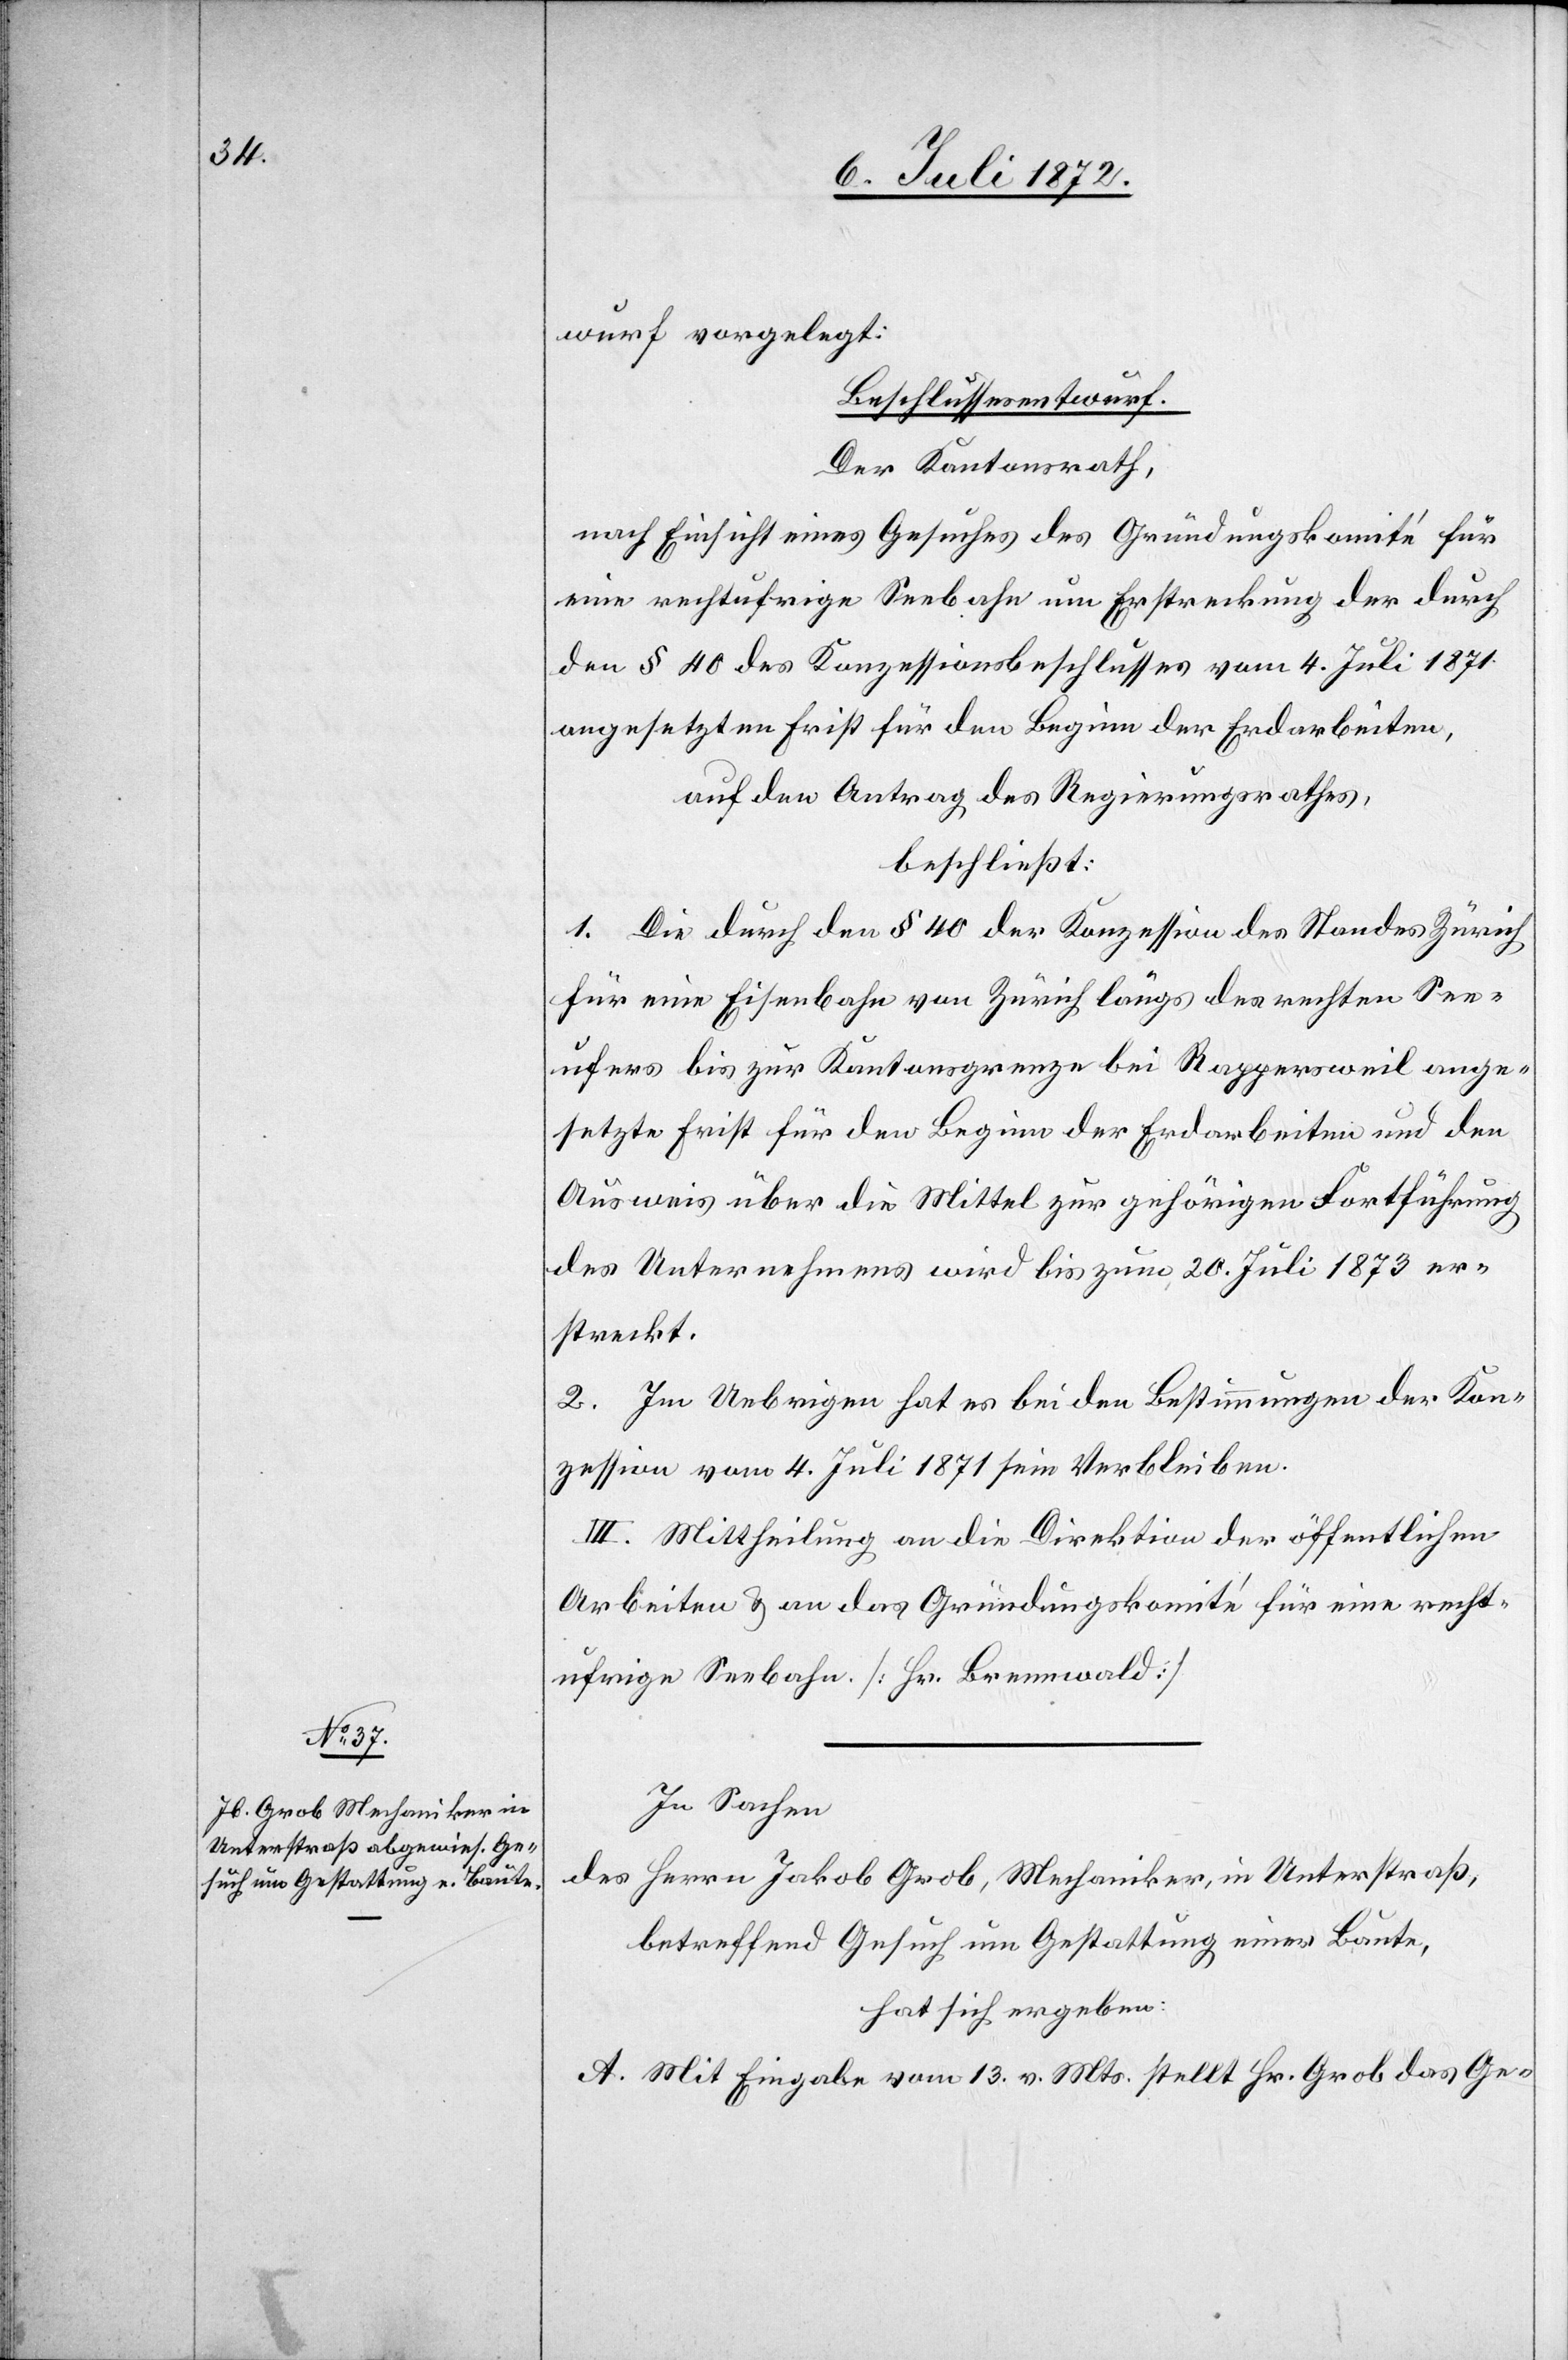
wurf vorgelegt:
Beschlussesentwurf.
Der Kantonsrath,
nach Einsicht eines Gesuches des Gründungskomité für
eine rechtufrige Seebahn um Erstreckung der durch
den § 40 des Konzessionsbeschlusses vom 4. Juli 1871
angesetzten Frist für den Beginn der Erdarbeiten,
auf den Antrag des Regierungsrathes,
beschließt:
1. Die durch den § 40 der Konzession des Standes Zürich
für eine Eisenbahn von Zürich längs des rechten See¬
ufers bis zur Kantonsgrenze bei Rappersweil ange¬
setzte Frist für den Beginn der Erdarbeiten und den
Ausweis über die Mittel zur gehörigen Fortführung
des Unternehmens wird bis zum 20. Juli 1873 er¬
streckt.
2. Im Uebrigen hat es bei den Bestimmungen der Kon¬
zession vom 4. Juli 1871 sein Verbleiben.
Mittheilung an die Direktion der öffentlichen
Arbeiten u. an das Gründungskomité für eine recht¬
ufrige Seebahn. [Hr. Brennwald]
In Sachen
des Herrn Jakob Grob, Mechaniker, in Unterstraß,
betreffend Gesuch um Gestattung einer Baute,
hat sich ergeben:
A. Mit Eingabe vom 13. v. Mts. stellt Hr. Grob das Ge-